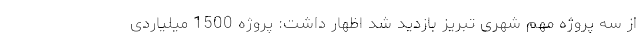
از سه پروژه مهم شهری تبریز بازدید شد اظهار داشت: پروژه 1500 میلیاردی